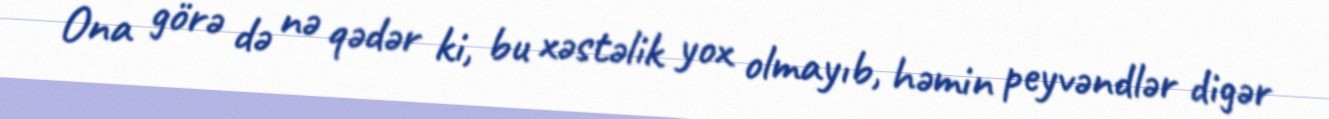
Ona görə də nə qədər ki, bu xəstəlik yox olmayıb, həmin peyvəndlər digər